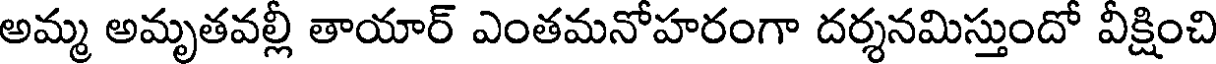
అమ్మ అమృతవల్లీ తాయార్ ఎంతమనోహరంగా దర్శనమిస్తుందో వీక్షించి